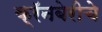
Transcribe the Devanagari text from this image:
क्रॅनबेरीचे